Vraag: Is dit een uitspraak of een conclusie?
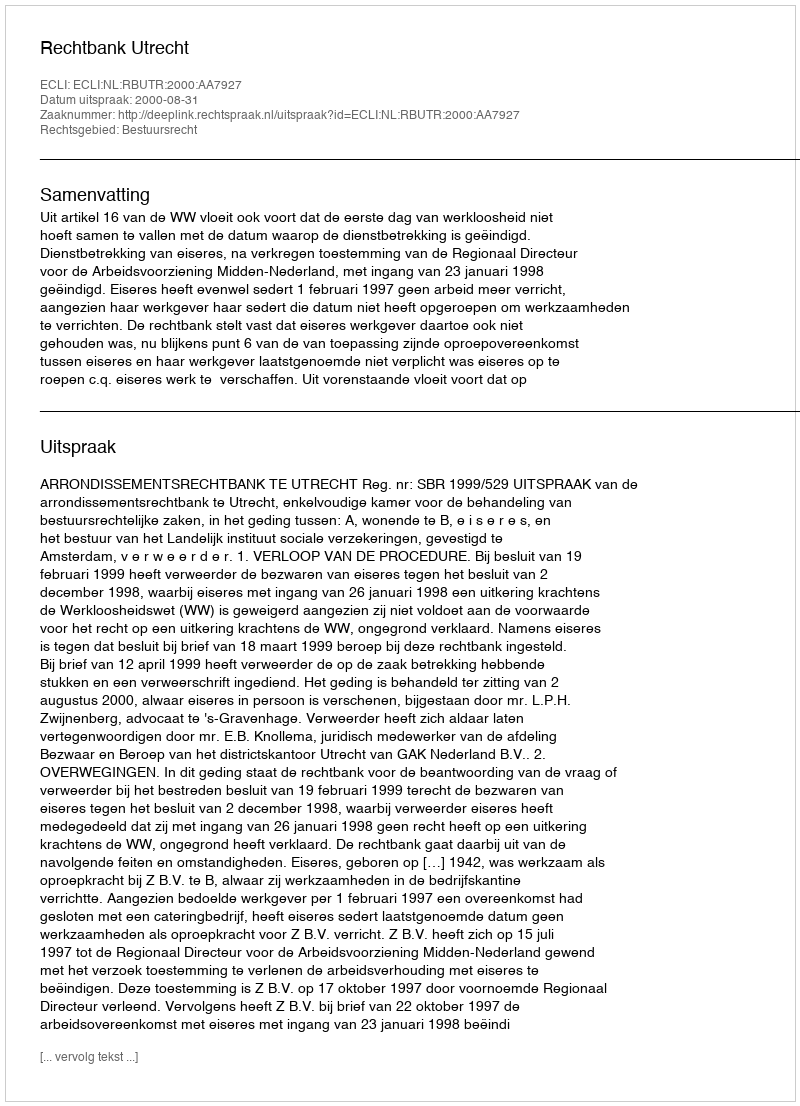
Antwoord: Uitspraak